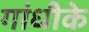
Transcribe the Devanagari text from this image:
गांधीके